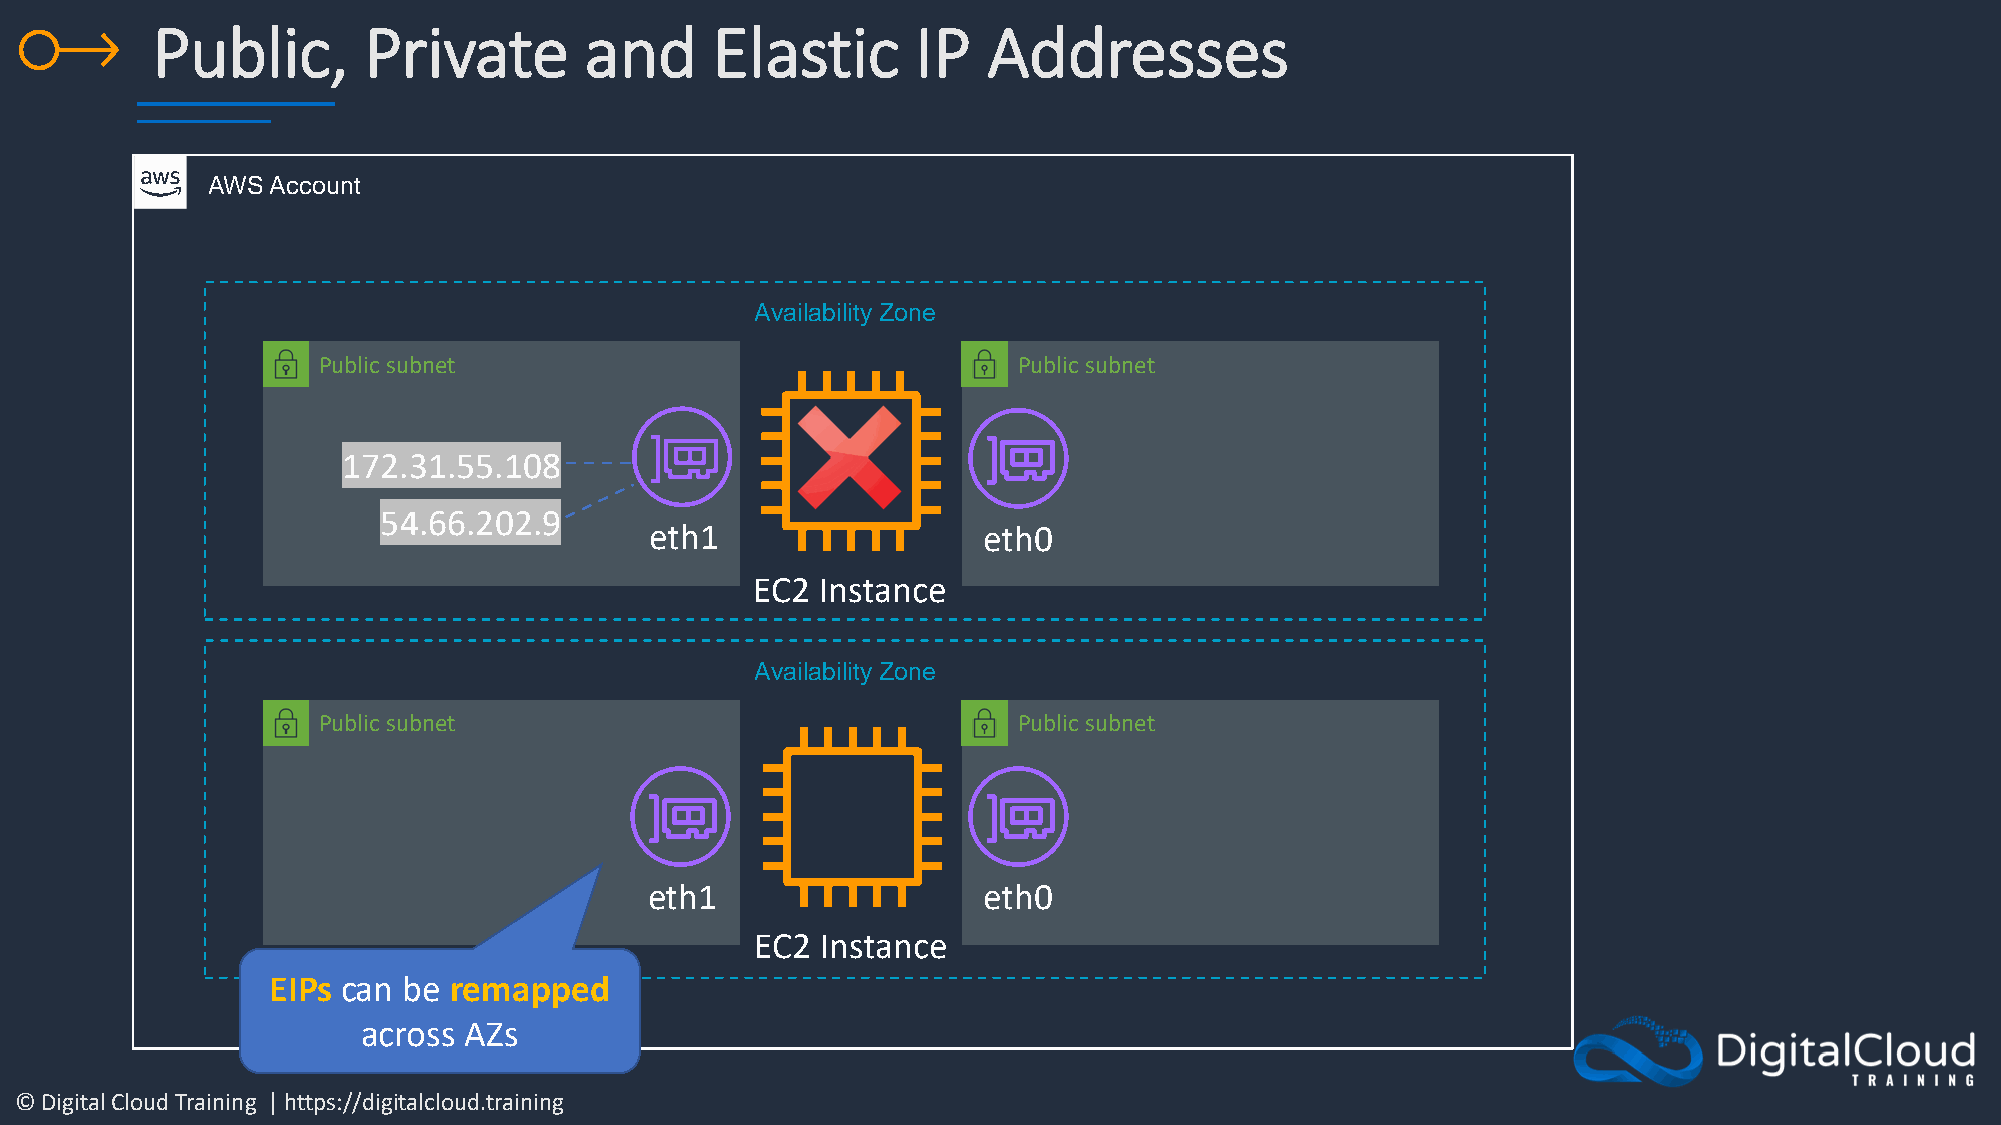
Public,       Private        and     Elastic       IP  Addresses
 AWS Account
 Availability Zone
 Public subnet                                 Public subnet
 172.31.55.108
 54.66.202.9
 eth1                  eth0
 EC2 Instance
 Availability Zone
 Public subnet                                 Public subnet
 eth1                  eth0
 EC2 Instance
 EIPs can be remapped
 across AZs
 © Digital Cloud Training | https://digitalcloud.training